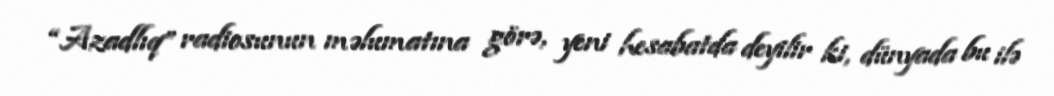
“Azadlıq” radiosunun məlumatına görə, yeni hesabatda deyilir ki, dünyada bu ilə